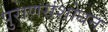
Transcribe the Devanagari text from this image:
पुराणसंशोधन